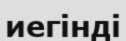
иегінді